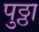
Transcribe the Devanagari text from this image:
पुठ्ठा